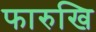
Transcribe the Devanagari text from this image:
फारुखि